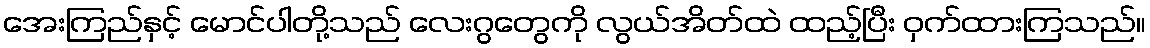
အေးကြည်နှင့် မောင်ပါတို့သည် လေးဂွတွေကို လွယ်အိတ်ထဲ ထည့်ပြီး ဝှက်ထားကြသည်။